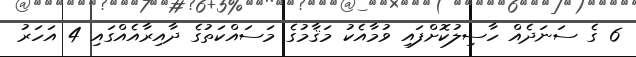
6 ގެ ސަނަދެއް ހާސިލުކޮށްފައި ވުމާއެކު މަޤާމުގެ މަސައްކަތުގެ ދާއިރާއެއްގައި 4 އަހަރު